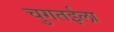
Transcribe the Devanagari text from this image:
चुगतईला